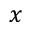
x